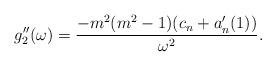
LaTeX: \begin{align*}g_2''(\omega) =\frac{-m^2(m^2-1)(c_n+a_n'(1))}{\omega^2}.\end{align*}